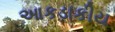
આકડાકીય